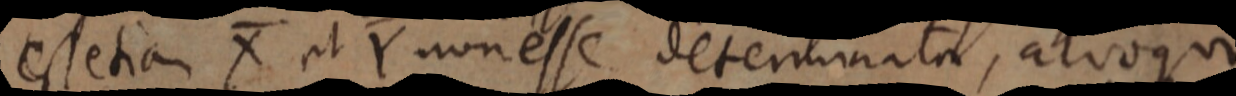
est etiam X et Y non esse determinata, alioqui